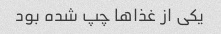
یکی از غذاها چپ شده بود